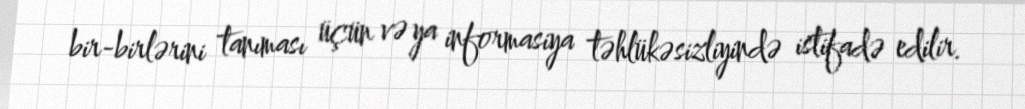
bir-birlərini tanıması üçün və ya informasiya təhlükəsizliyində istifadə edilir.